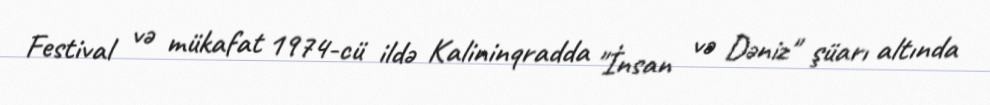
Festival və mükafat 1974-cü ildə Kalininqradda "İnsan və Dəniz" şüarı altında